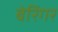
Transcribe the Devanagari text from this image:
बेरिंगर